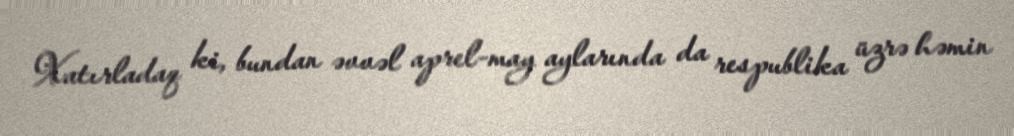
Xatırladaq ki, bundan əvvəl aprel-may aylarında da respublika üzrə həmin